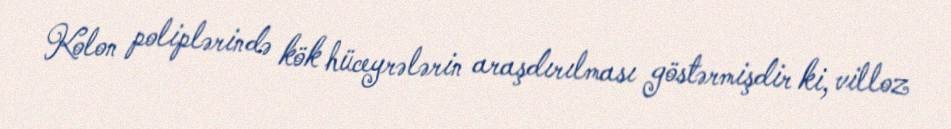
Kolon poliplərində kök hüceyrələrin araşdırılması göstərmişdir ki, villoz